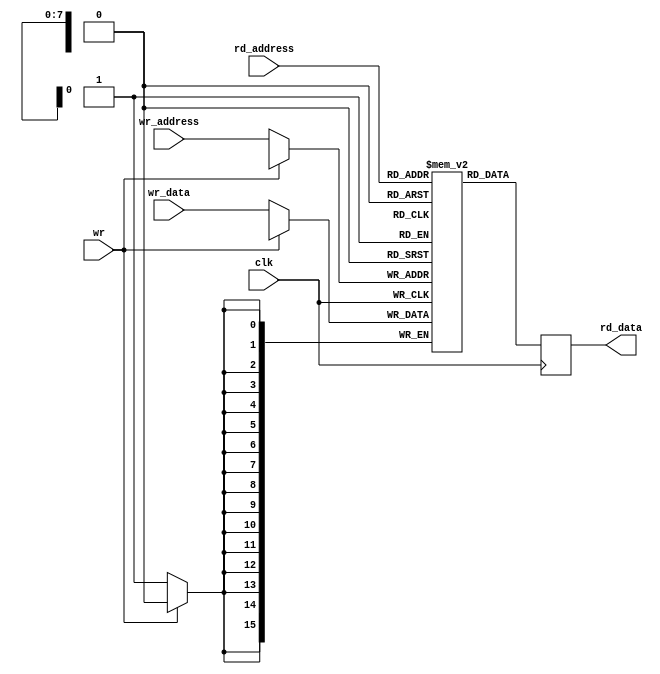
module register_file
#(parameter WIDTH = 16, SIZE = 8)
(
	input wire [SIZE - 1:0] rd_address,
	output reg [WIDTH - 1:0] rd_data,
	input wire [SIZE - 1:0] wr_address,
	input wire [WIDTH - 1:0] wr_data,
	input wire wr,
	input wire clk
);
	reg [WIDTH - 1:0] registers [0:(1 << SIZE) - 1];
	
	always @(posedge clk) begin
		rd_data <= registers[rd_address];
		if (wr == 0)
			registers[wr_address] <= wr_data;
	end
endmodule

module register_file2
#(parameter WIDTH = 16, SIZE = 8)
(
	input wire [SIZE - 1:0] rd_address1,
	output reg [WIDTH - 1:0] rd_data1,
	input wire [SIZE - 1:0] rd_address2,
	output reg [WIDTH - 1:0] rd_data2,
	input wire [SIZE - 1:0] wr_address,
	input wire [WIDTH - 1:0] wr_data,
	input wire wr,
	input wire clk
);
	reg [WIDTH - 1:0] registers [0:(1 << SIZE) - 1];
	
	always @(posedge clk) begin
		rd_data1 <= registers[rd_address1];
		rd_data2 <= registers[rd_address2];
		if (wr == 0)
			registers[wr_address] <= wr_data;
	end
endmodule

module register_file3
#(parameter WIDTH = 16, SIZE = 8)
(
	input wire [SIZE - 1:0] rd_address1,
	output reg [WIDTH - 1:0] rd_data1,
	input wire [SIZE - 1:0] rd_address2,
	output reg [WIDTH - 1:0] rd_data2,
	input wire [SIZE - 1:0] rd_address3,
	output reg [WIDTH - 1:0] rd_data3,
	input wire [SIZE - 1:0] wr_address,
	input wire [WIDTH - 1:0] wr_data,
	input wire wr,
	input wire clk
);
	reg [WIDTH - 1:0] registers [0:(1 << SIZE) - 1];
	
	always @(posedge clk) begin
		rd_data1 <= registers[rd_address1];
		rd_data2 <= registers[rd_address2];
		rd_data3 <= registers[rd_address3];
		if (wr == 0)
			registers[wr_address] <= wr_data;
	end
endmodule

module register_files2
#(parameter WIDTH = 16, SIZE = 8)
(
	input wire [SIZE - 1:0] rd_address1,
	output wire [WIDTH - 1:0] rd_data1,
	input wire [SIZE - 1:0] rd_address2,
	output wire [WIDTH - 1:0] rd_data2,
	input wire [SIZE - 1:0] rd_address3,
	output wire [WIDTH - 1:0] rd_data3,
	input wire [SIZE - 2:0] wr_address1,
	input wire [WIDTH - 1:0] wr_data1,
	input wire wr1,
	input wire [SIZE - 2:0] wr_address2,
	input wire [WIDTH - 1:0] wr_data2,
	input wire wr2,
	input wire clk
);
	wire [WIDTH - 1:0] rd_data11, rd_data12, rd_data13, rd_data21, rd_data22, rd_data23;
	
	register_file3 #(.WIDTH(WIDTH), .SIZE(SIZE - 1))
		f1(.clk(clk), .rd_address1(rd_address1[SIZE - 2:0]), .rd_data1(rd_data11),
		   .rd_address2(rd_address2[SIZE - 2:0]), .rd_data2(rd_data12),
		   .rd_address3(rd_address3[SIZE - 2:0]), .rd_data3(rd_data13),
		   .wr_address(wr_address1), .wr_data(wr_data1), .wr(wr1));

	register_file3 #(.WIDTH(WIDTH), .SIZE(SIZE - 1))
		f2(.clk(clk), .rd_address1(rd_address1[SIZE - 2:0]), .rd_data1(rd_data21),
		   .rd_address2(rd_address2[SIZE - 2:0]), .rd_data2(rd_data22),
		   .rd_address3(rd_address3[SIZE - 2:0]), .rd_data3(rd_data23),
		   .wr_address(wr_address2), .wr_data(wr_data2), .wr(wr2));
			
	assign rd_data1 = rd_address1[SIZE - 1] ? rd_data21 : rd_data11;
	assign rd_data2 = rd_address2[SIZE - 1] ? rd_data22 : rd_data12;
	assign rd_data3 = rd_address3[SIZE - 1] ? rd_data23 : rd_data13;
	
endmodule